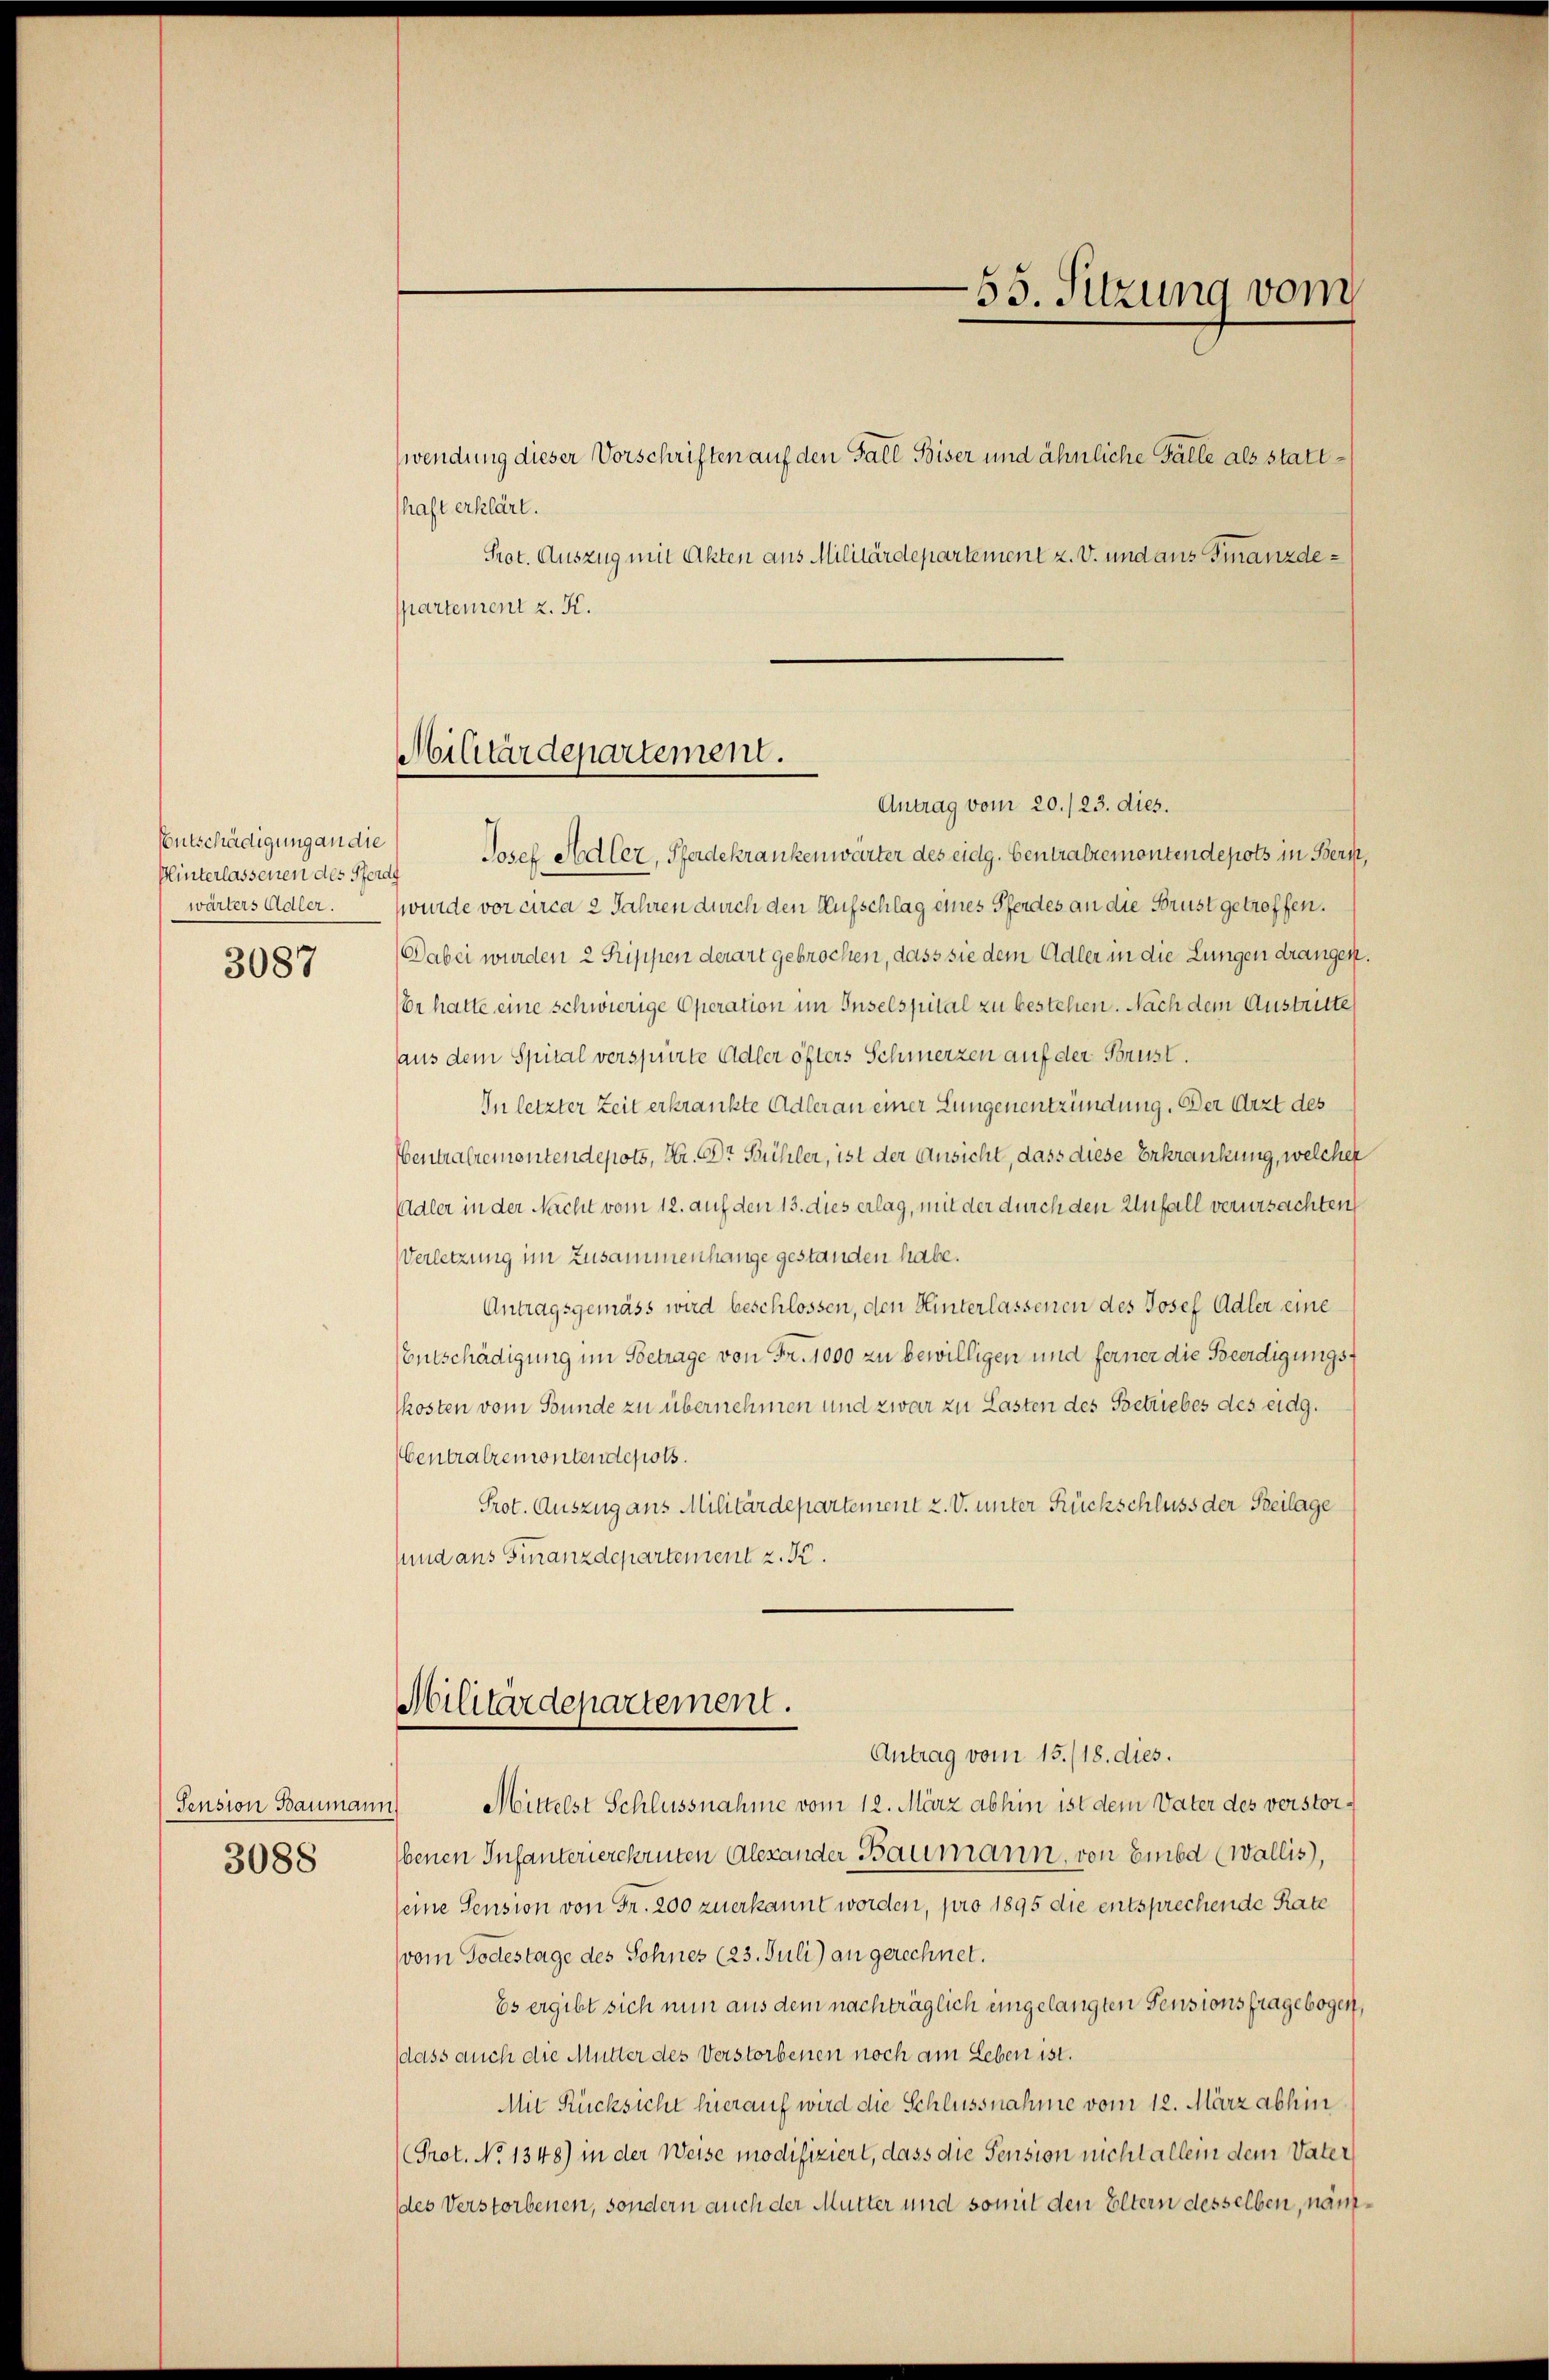
Entschädigung an die
Hinterlassenen des Pferd
wärters Adler.
3087

Pension Baumann
3088

wendung dieser Vorschriften auf den Fall Biser und ähnliche Fälle als statthaft erklärt.
Prot. Auszug mit Akten aus Militärdepartement z. V. und aus Finanzdespartement z. K.

Antrag vom 20./23. dies.
Josef Allez, Pferdekrankenwärter des eidg. Centralremontendepots in Beri
wurde vor circa 2 Jahren durch den Aufschlag eines Pferdes an die Brust getroffen.
Dabei wurden 2 Rippen derart gebrochen, dass sie dem Adler in die Lungen drangen
Er hatte eine schwierige Operation im Inselspital zu bestehen. Nach dem Austritte
haus dem Spital verspürte Adler öfters Schmerzen auf der Brust.
In letzter Zeit erkrankte Adler an einer Lungenentzündung. Der Arzt des
Ventralrementendepots, Hr. Dr. Bühler, ist der Ansicht, dass diese Erkrankung, welcher
Adler in der Nacht vom 12. auf den 13. dies erlag, mit der durch den Unfall verursachten
Verletzung im Zusammenhange gestanden habe.
Antragsgemäss wird beschlossen, den Hinterlassenen des Josef Adler eine
Entschädigung im Betrage von Fr. 1000 zu bewilligen und ferner die Beerdigungskosten vom Bunde zu übernehmen und zwar zu Lasten des Betriebes des eidg.
Centralremontendepots.
Prot. Auszug aus Militärdepartement 2. V. unter Rückschluss der Beilage
sund aus Furanzdepartement z. K.
Militärdepartement.

Militärdepartement.

55. Sitzung vom

Antrag vom 15./18. dies.
Mittelst Schlussnahme vom 12. März abhin ist dem Vater des verstorbenen Infanterierekruten Alexander Baumann, von Embd (Wallis),
seine Sension von Fr. 200 zuerkannt worden, pro 1895 die entsprechende Rate
(vom Todestage des Sohnes (23. Juli) an gerechnet.
Es ergibt sich nun aus dem nachträglich eingelangten Pensionsfragebogen,
dass auch die Mutter des Verstorbenen noch am Leben ist.
Mit Rücksicht hierauf wird die Schlussnahme vom 12. März abhin
Prot. No 1348) in der Weise modifiziert, dass die Pension nicht allein dem Vater
des Verstorbenen, sondern auch der Mutter und somit den Eltern desselben, näm¬